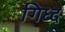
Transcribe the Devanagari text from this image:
गिध्द